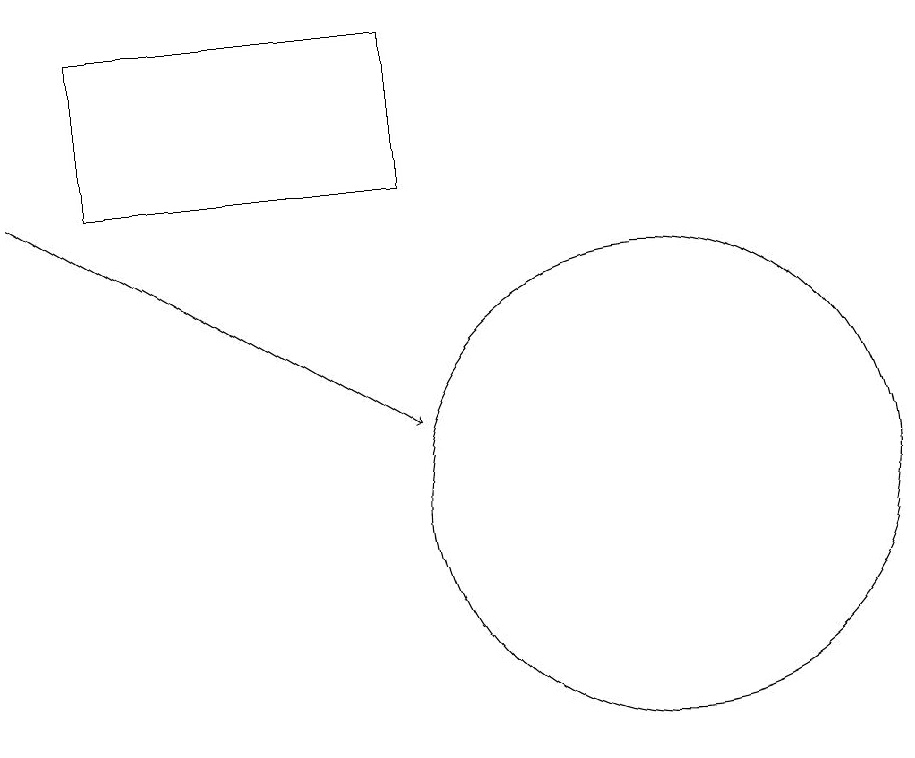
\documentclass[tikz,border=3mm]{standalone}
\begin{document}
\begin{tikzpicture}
\draw (7,14) rectangle (3,16);
\draw (10,10) circle (3);
\draw[->] (2,14) -- (7,11);
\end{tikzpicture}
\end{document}